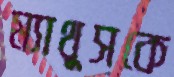
ম্যাথুসকে